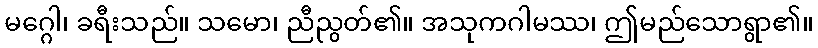
မဂ္ဂေါ၊ ခရီးသည်။ သမော၊ ညီညွတ်၏။ အသုကဂါမဿ၊ ဤမည်သောရွာ၏။